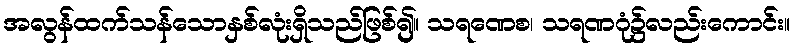
အလွန်ထက်သန်သောနှစ်လုံးရှိသည်ဖြစ်၍။ သရဏေစ၊ သရဏဂုံ၌လည်းကောင်း။